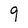
Character: 9